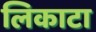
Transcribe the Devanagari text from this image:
लिकाटा